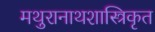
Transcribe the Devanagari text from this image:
मथुरानाथशास्त्रिकृत